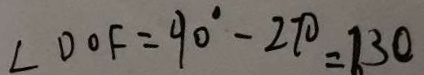
\angle D O F = 9 0 ^ { \circ } - 2 7 0 = 1 3 0